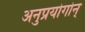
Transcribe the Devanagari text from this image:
अनुप्रयोगोन्